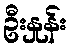
ဦးနှုန်း